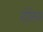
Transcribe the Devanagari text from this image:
नोक्तिस